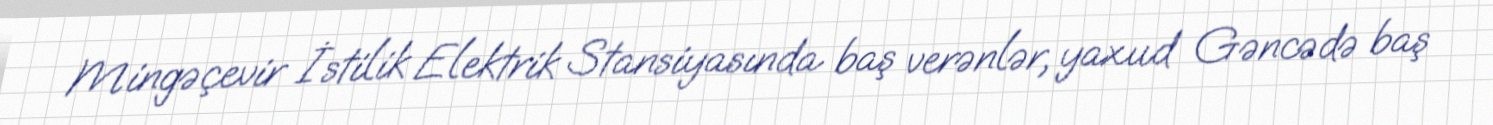
Mingəçevir İstilik Elektrik Stansiyasında baş verənlər, yaxud Gəncədə baş